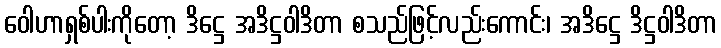
ဝေါဟာရှစ်ပါးကိုတော့ ဒိဋ္ဌေ အဒိဋ္ဌဝါဒိတာ စသည်ဖြင့်လည်းကောင်း၊ အဒိဋ္ဌေ ဒိဋ္ဌဝါဒိတာ